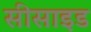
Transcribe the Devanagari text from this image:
सीसाइड